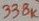
Text: 338K